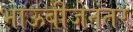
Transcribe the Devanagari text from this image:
भाऊबीजेनंतर